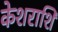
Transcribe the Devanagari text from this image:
केशराशि